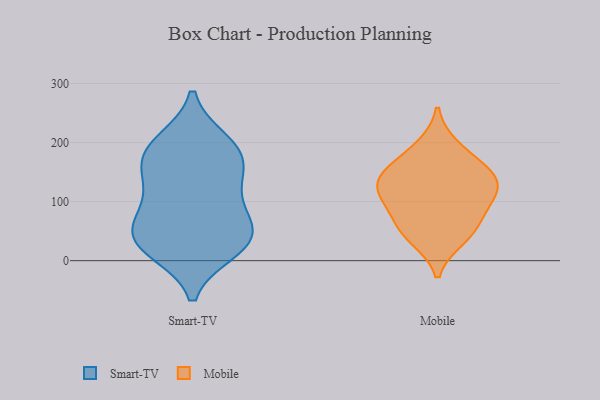
{"axis": {"x": "Active Users", "y": "Value"}, "legend": ["Mobile", "Smart-TV"], "data": [{"x": "", "y": 88, "type": "Smart-TV"}, {"x": "", "y": 186, "type": "Smart-TV"}, {"x": "", "y": 76, "type": "Smart-TV"}, {"x": "", "y": 44, "type": "Smart-TV"}, {"x": "", "y": 168, "type": "Smart-TV"}, {"x": "", "y": 40, "type": "Smart-TV"}, {"x": "", "y": 200, "type": "Smart-TV"}, {"x": "", "y": 19, "type": "Smart-TV"}, {"x": "", "y": 187, "type": "Smart-TV"}, {"x": "", "y": 32, "type": "Smart-TV"}, {"x": "", "y": 30, "type": "Smart-TV"}, {"x": "", "y": 143, "type": "Smart-TV"}, {"x": "", "y": 127, "type": "Smart-TV"}, {"x": "", "y": 68, "type": "Mobile"}, {"x": "", "y": 193, "type": "Mobile"}, {"x": "", "y": 107, "type": "Mobile"}, {"x": "", "y": 137, "type": "Mobile"}, {"x": "", "y": 51, "type": "Mobile"}, {"x": "", "y": 151, "type": "Mobile"}, {"x": "", "y": 38, "type": "Mobile"}, {"x": "", "y": 156, "type": "Mobile"}, {"x": "", "y": 106, "type": "Mobile"}, {"x": "", "y": 122, "type": "Mobile"}]}